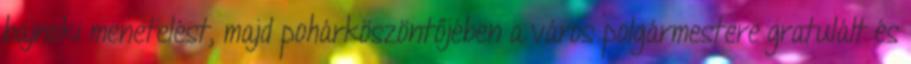
bajnoki menetelést, majd pohárköszöntőjében a város polgármestere gratulált és